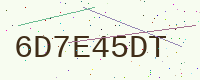
Text: 6D7E45DT